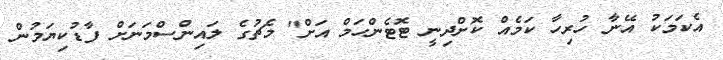
އެކަމަކު އޭނާ ހުރިހާ ކަމެއް ކޮށްދިނީ ޓޮޓެންހަމް އަށް" މެޗުގެ ލައިންސްމަނަށް ފާޑުކިޔަމުން